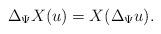
LaTeX: \begin{align*}\Delta_{\Psi}X(u) = X(\Delta_{\Psi} u). \end{align*}